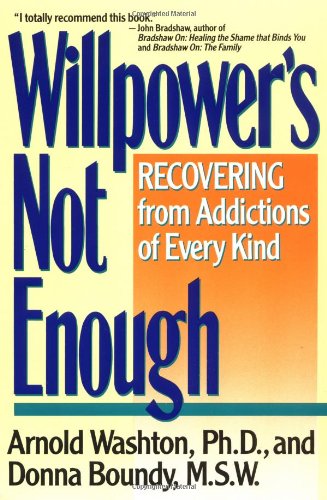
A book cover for Willpower's Not Enough: Recovering from Addictions of Every Kind; Arnold M. Washton; Health, Fitness & Dieting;